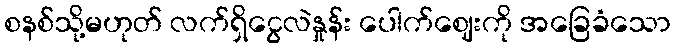
စနစ်သို့မဟုတ် လက်ရှိငွေလဲနှုန်း ပေါက်ဈေးကို အခြေခံသော